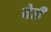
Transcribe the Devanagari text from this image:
येरी